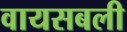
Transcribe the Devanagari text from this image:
वायसबली